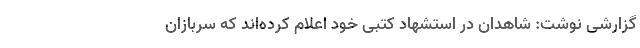
گزارشی نوشت: شاهدان در استشهاد کتبی خود اعلام کرده‌اند که سربازان